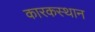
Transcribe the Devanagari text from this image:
कारकस्थान